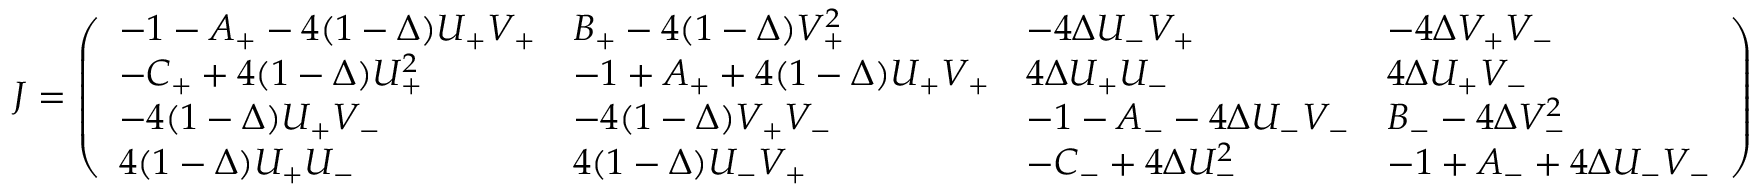
J = \left( \begin{array} { l l l l } { - 1 - A _ { + } - 4 ( 1 - \Delta ) U _ { + } V _ { + } } & { B _ { + } - 4 ( 1 - \Delta ) V _ { + } ^ { 2 } } & { - 4 \Delta U _ { - } V _ { + } } & { - 4 \Delta V _ { + } V _ { - } } \\ { - C _ { + } + 4 ( 1 - \Delta ) U _ { + } ^ { 2 } } & { - 1 + A _ { + } + 4 ( 1 - \Delta ) U _ { + } V _ { + } } & { 4 \Delta U _ { + } U _ { - } } & { 4 \Delta U _ { + } V _ { - } } \\ { - 4 ( 1 - \Delta ) U _ { + } V _ { - } } & { - 4 ( 1 - \Delta ) V _ { + } V _ { - } } & { - 1 - A _ { - } - 4 \Delta U _ { - } V _ { - } } & { B _ { - } - 4 \Delta V _ { - } ^ { 2 } } \\ { 4 ( 1 - \Delta ) U _ { + } U _ { - } } & { 4 ( 1 - \Delta ) U _ { - } V _ { + } } & { - C _ { - } + 4 \Delta U _ { - } ^ { 2 } } & { - 1 + A _ { - } + 4 \Delta U _ { - } V _ { - } } \end{array} \right)